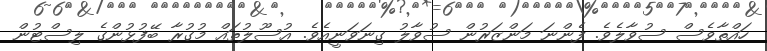
ހައްތާވެސް ސުވާލެވެ. ފެންނަ މަންޒަރުން ސުވާލު ގިނަވަނީއެވެ. އުސޫލުތައް މުގުރާ ބޭފުޅުންގެ ލިސްޓުން